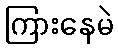
ကြားနေမဲ